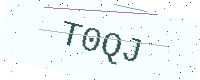
Text: T0QJ